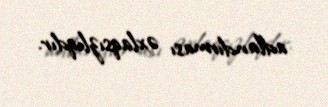
adlandırması əxlaqsızlıqdır.